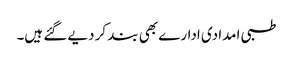
طبی امدادی ادارے بھی بند کر دیے گئے ہیں۔